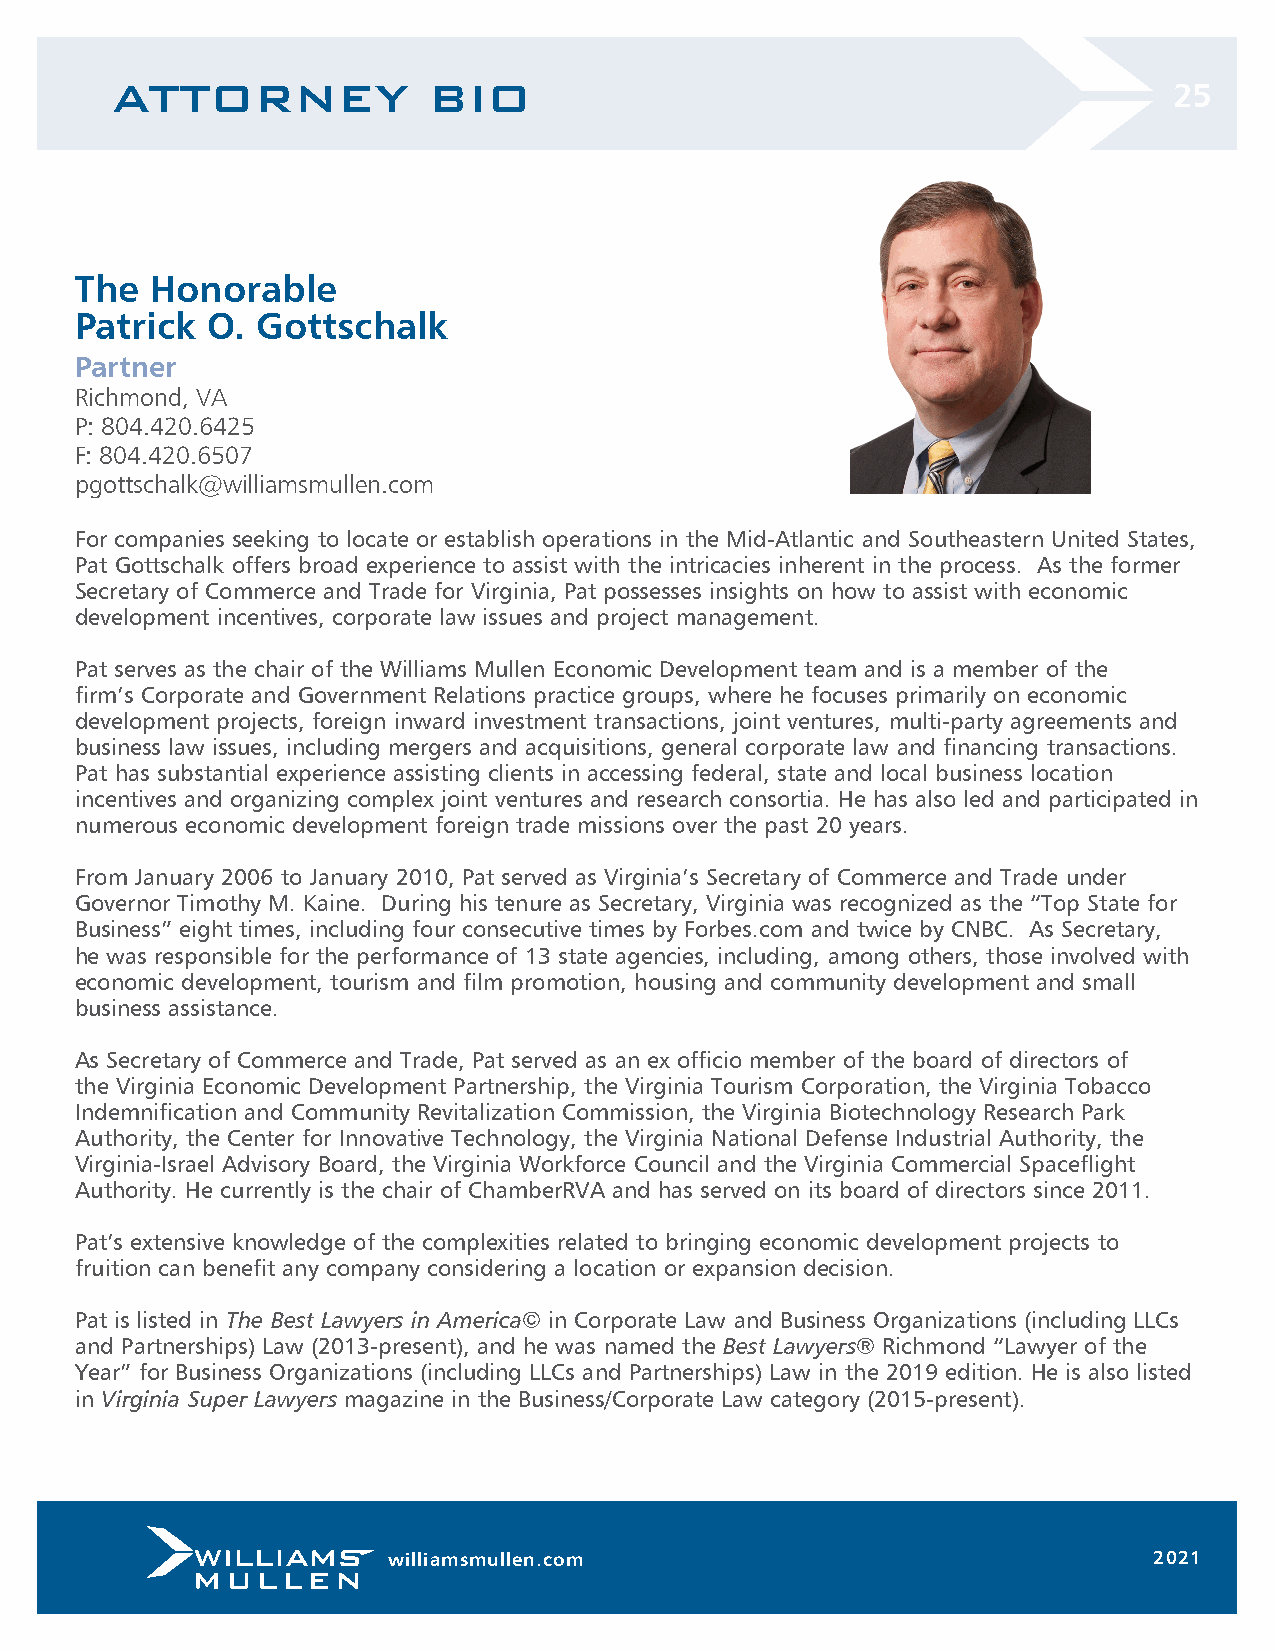
ATTORNEY             BIO
 25
 The  Honorable
 Patrick  O. Gottschalk
 Partner
 Richmond, VA
 P: 804.420.6425
 F: 804.420.6507
 pgottschalk@williamsmullen.com
 For companies seeking to locate or establish operations in the Mid-Atlantic and Southeastern United States,
 Pat Gottschalk offers broad experience to assist with the intricacies inherent in the process. As the former
 Secretary of Commerce and Trade for Virginia, Pat possesses insights on how to assist with economic
 development incentives, corporate law issues and project management.
 Pat serves as the chair of the Williams Mullen Economic Development team and is a member of the
 firm’s Corporate and Government Relations practice groups, where he focuses primarily on economic
 development projects, foreign inward investment transactions, joint ventures, multi-party agreements and
 business law issues, including mergers and acquisitions, general corporate law and financing transactions.
 Pat has substantial experience assisting clients in accessing federal, state and local business location
 incentives and organizing complex joint ventures and research consortia. He has also led and participated in
 numerous economic development foreign trade missions over the past 20 years.
 From January 2006 to January 2010, Pat served as Virginia’s Secretary of Commerce and Trade under
 Governor Timothy M. Kaine. During his tenure as Secretary, Virginia was recognized as the “Top State for
 Business” eight times, including four consecutive times by Forbes.com and twice by CNBC. As Secretary,
 he was responsible for the performance of 13 state agencies, including, among others, those involved with
 economic development, tourism and film promotion, housing and community development and small
 business assistance.
 As Secretary of Commerce and Trade, Pat served as an ex officio member of the board of directors of
 the Virginia Economic Development Partnership, the Virginia Tourism Corporation, the Virginia Tobacco
 Indemnification and Community Revitalization Commission, the Virginia Biotechnology Research Park
 Authority, the Center for Innovative Technology, the Virginia National Defense Industrial Authority, the
 Virginia-Israel Advisory Board, the Virginia Workforce Council and the Virginia Commercial Spaceflight
 Authority. He currently is the chair of ChamberRVA and has served on its board of directors since 2011.
 Pat’s extensive knowledge of the complexities related to bringing economic development projects to
 fruition can benefit any company considering a location or expansion decision.
 Pat is listed in The Best Lawyers in America© in Corporate Law and Business Organizations (including LLCs
 and Partnerships) Law (2013-present), and he was named the Best Lawyers® Richmond “Lawyer of the
 Year” for Business Organizations (including LLCs and Partnerships) Law in the 2019 edition. He is also listed
 in Virginia Super Lawyers magazine in the Business/Corporate Law category (2015-present).
 williamsmullen.com                                2021